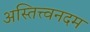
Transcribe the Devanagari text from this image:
अस्तित्त्वनदम